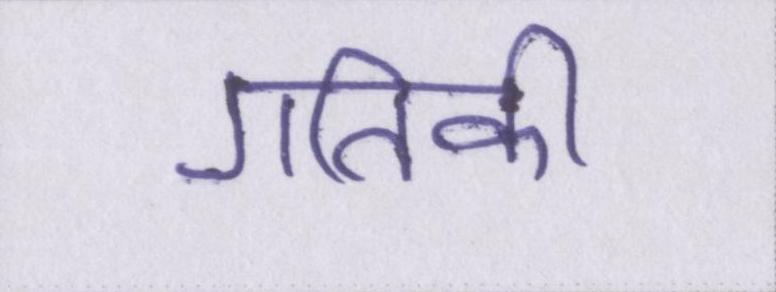
गतिकी